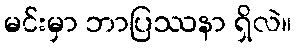
မင်းမှာ ဘာပြဿနာ ရှိလဲ။